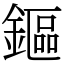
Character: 鏂